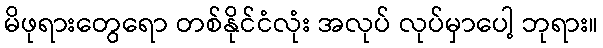
မိဖုရားတွေရော တစ်နိုင်ငံလုံး အလုပ် လုပ်မှာပေါ့ ဘုရား။